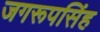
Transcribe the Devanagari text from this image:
जगरूपसिंह